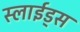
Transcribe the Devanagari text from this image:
स्लाईड्स